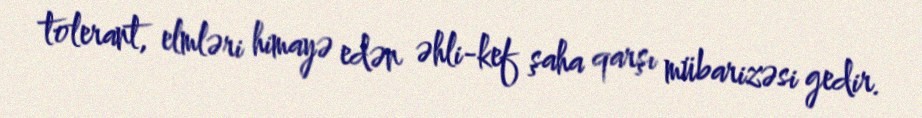
tolerant, elmləri himayə edən əhli-kef şaha qarşı mübarizəsi gedir.